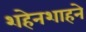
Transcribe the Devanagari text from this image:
शहेनशाहने